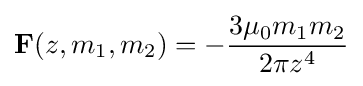
\mathbf {F} (z,m_{1},m_{2})=-{\frac {3\mu _{0}m_{1}m_{2}}{2\pi z^{4}}}